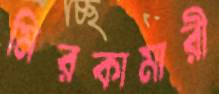
মিরকামারী